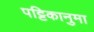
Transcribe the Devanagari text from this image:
पट्टिकानुमा